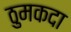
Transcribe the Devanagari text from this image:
ठुमकदा